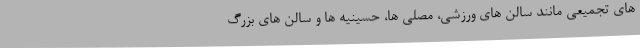
های تجمیعی مانند سالن های ورزشی، مصلی ها، حسینیه ها و سالن های بزرگ